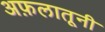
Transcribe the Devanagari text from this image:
अफ़लातूनी